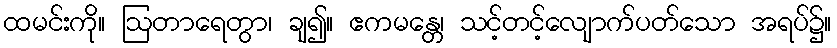
ထမင်းကို။ ဩတာရေတွာ၊ ချ၍။ ဧကမန္တေ၊ သင့်တင့်လျောက်ပတ်သော အရပ်၌။